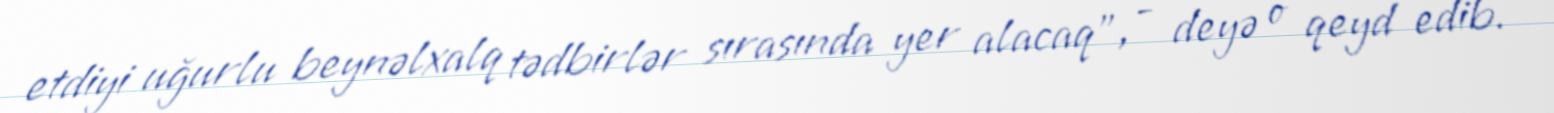
etdiyi uğurlu beynəlxalq tədbirlər sırasında yer alacaq”, - deyə o qeyd edib.